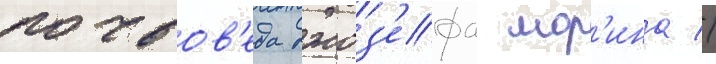
почвов'еда джоз'ефа мор'ина //